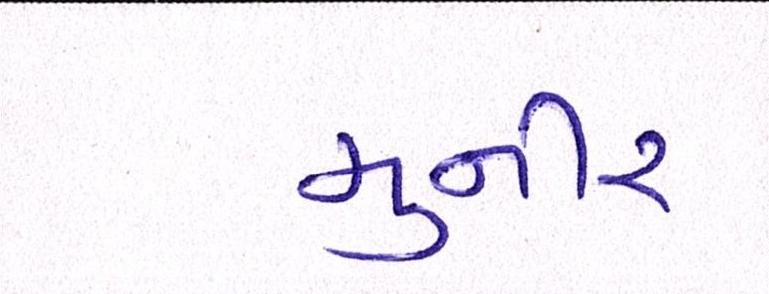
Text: મુનીર